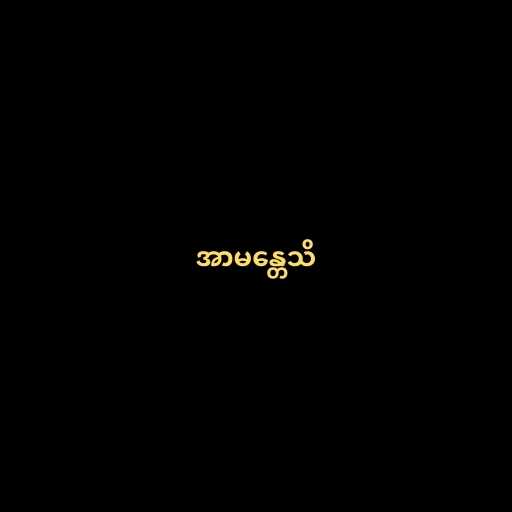
အာမန္တေသိ